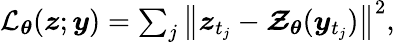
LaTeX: \begin{array}{r}{\mathcal{L}_{\boldsymbol{\theta}}(\boldsymbol{z};\boldsymbol{y})=\sum_{j}\left\lVert\boldsymbol{z}_{t_{j}}-\boldsymbol{\mathcal{Z}}_{\boldsymbol{\theta}}(\boldsymbol{y}_{t_{j}})\right\rVert^{2},}\end{array}